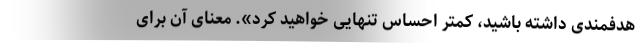
هدفمندی داشته باشید، کمتر احساس تنهایی خواهید کرد». معنای آن برای